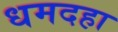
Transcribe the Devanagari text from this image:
धमदहा